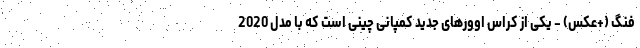
فنگ (+عکس) - یکی از کراس اوورهای جدید کمپانی چینی است که با مدل 2020